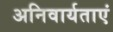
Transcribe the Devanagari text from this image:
अनिवार्यताएं